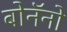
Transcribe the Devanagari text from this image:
बोनॅनो